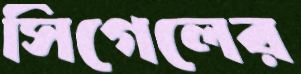
সিগেলের